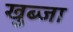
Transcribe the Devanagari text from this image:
खुब्जा